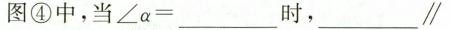
图④中，当$$∠ α = ___ $$时，$$___\parallel